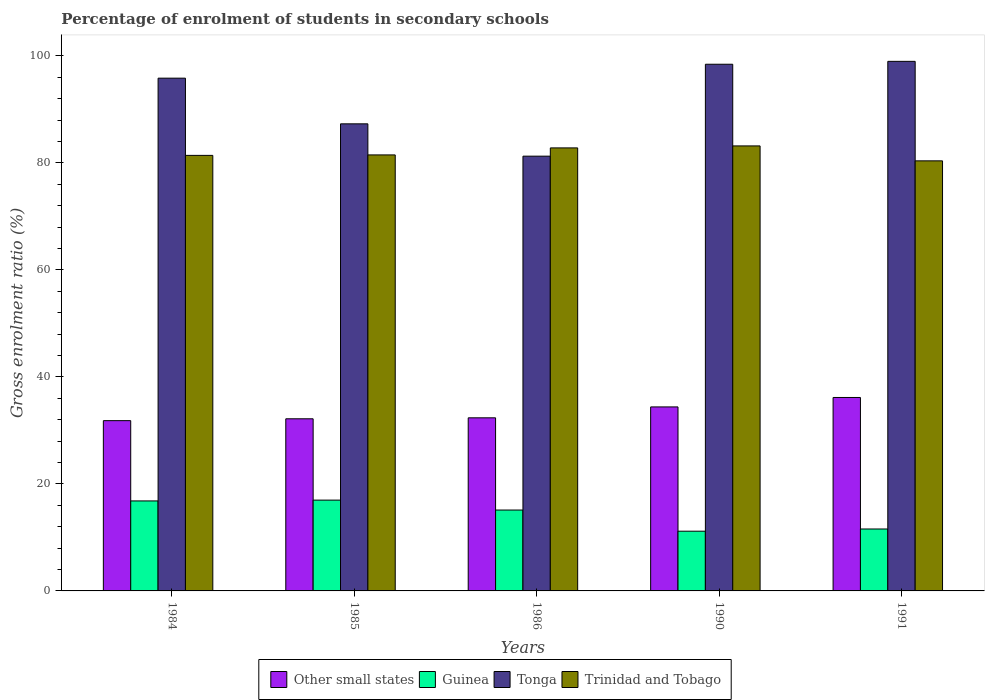
| Years | Other small states | Guinea | Tonga | Trinidad and Tobago |
 | --- | --- | --- | --- | --- |
 | 1984 | 31.8 | 16.8 | 95.8 | 81.4 |
 | 1985 | 32.2 | 17 | 87.3 | 81.5 |
 | 1986 | 32.4 | 15.1 | 81.3 | 82.8 |
 | 1990 | 34.4 | 11.2 | 98.4 | 83.2 |
 | 1991 | 36.2 | 11.6 | 99 | 80.4 |